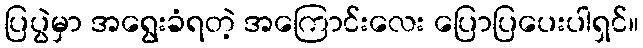
ပြပွဲမှာ အရွေးခံရတဲ့ အကြောင်းလေး ပြောပြပေးပါရှင်။